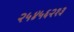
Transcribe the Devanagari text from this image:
२५४५६२१३